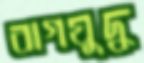
বাগযুদ্ধ